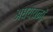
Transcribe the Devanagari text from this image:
अधययनों